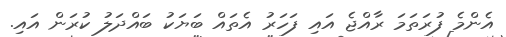
އެންމެ ފުރަތަމަ ރާއްޖެ އައި ފަހަރު އެތައް ބަޔަކު ބައްދަލު ކުރަން އައި.